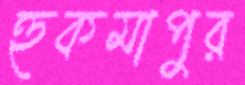
হুকমাপুর